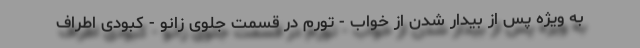
به ویژه پس از بیدار شدن از خواب - تورم در قسمت جلوی زانو - کبودی اطراف